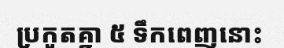
ប្រកួតគ្នា ៥ ទឹកពេញនោះ